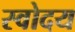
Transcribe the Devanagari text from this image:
स्वोदय